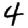
Digit: 4